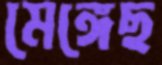
মেঙ্গেছ